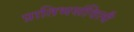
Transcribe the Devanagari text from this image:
प्रातिभसंवित्यै